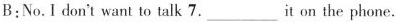
B:No.I don't want to talk 7.___ it on the phone.